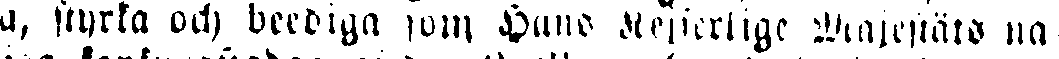
a, styrka och beediga som Hans Kejserlige Majestäts na